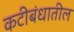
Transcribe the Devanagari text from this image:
कटीबंधातील